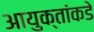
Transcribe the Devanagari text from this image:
आयुक्‍तांकडे